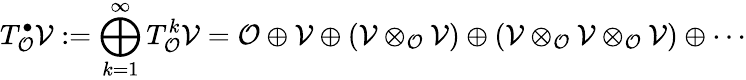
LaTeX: T_{\mathcal O}^{\bullet}\mathcal V:=\bigoplus_{k=1}^{\infty}T_{\mathcal O}^{k}\mathcal{V}=\mathcal{O}\oplus\mathcal{V}\oplus(\mathcal{V}\otimes_{\mathcal{O}}\mathcal{V})\oplus(\mathcal{V}\otimes_{\mathcal{O}}\mathcal{V}\otimes_{\mathcal{O}}\mathcal{V})\oplus\cdots